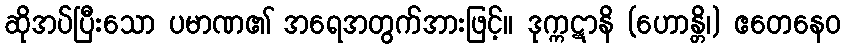
ဆိုအပ်ပြီးသော ပမာဏ၏ အရေအတွက်အားဖြင့်။ ဒုက္ကဋာနိ (ဟောန္တိ၊) ဧတေနေဝ